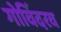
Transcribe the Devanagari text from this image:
गोविंदरव